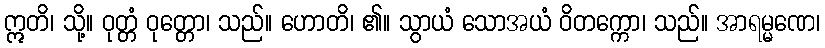
ဣတိ၊ သို့။ ဝုတ္တံ ဝုတ္တော၊ သည်။ ဟောတိ၊ ၏။ သွာယံ သောအယံ ဝိတက္ကော၊ သည်။ အာရမ္မဏေ၊